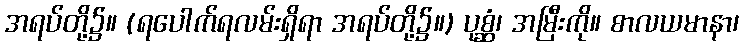
အရပ်တို့၌။ (ရပေါက်ရလမ်းရှိရာ အရပ်တို့၌။) ပုစ္ဆံ၊ အမြီးကို။ စာလယမာနာ၊